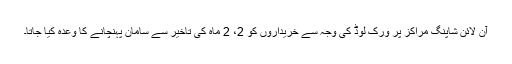
آن لائن شاپنگ مراکز پر ورک لوڈ کی وجہ سے خریداروں کو 2، 2 ماہ کی تاخیر سے سامان پہنچانے کا وعدہ کیا جاتا۔